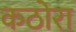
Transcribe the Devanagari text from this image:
कठोरा